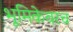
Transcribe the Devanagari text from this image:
भूमिकेवरच